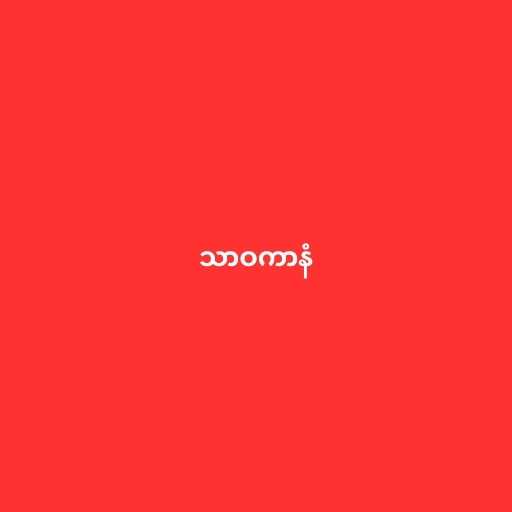
သာဝကာနံ